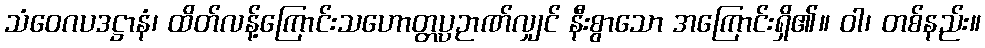
သံဝေဂပဒဋ္ဌာနံ၊ ထိတ်လန့်ကြောင်းသဟောတ္တပ္ပဉာဏ်လျှင် နီးစွာသော အကြောင်းရှိ၏။ ဝါ၊ တစ်နည်း။